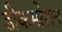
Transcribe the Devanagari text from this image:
डीकम्प्रेशन